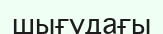
шығудағы